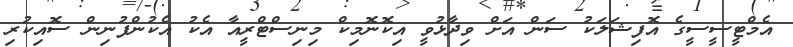
އެމްޓީސީސީގެ އޮފިޝަލަކު ސަން އަށް ވިދާޅުވީ އިކޮނޮމިކް މިނިސްޓްރީއާ އެކު އެކުންފުނިން ސޮއިކުރި